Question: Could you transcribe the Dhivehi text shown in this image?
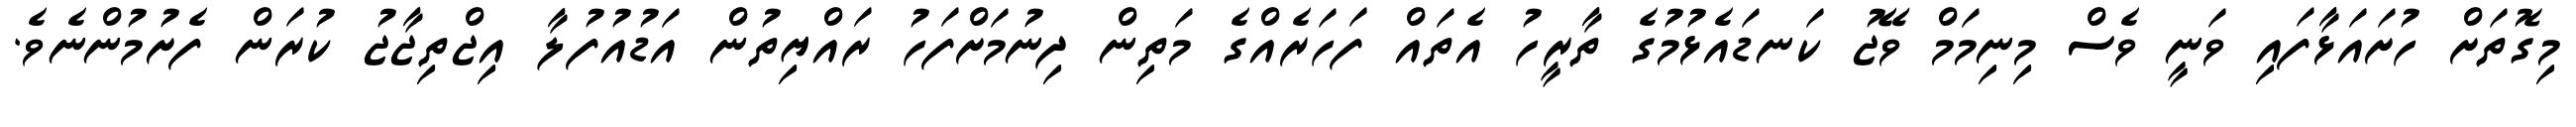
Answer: މިގޮތަށް ހުށައަޅާފައި ވަނީ ވެސް މިނިމަމް ވޭޖު ކަނޑައެޅުމުގެ ތާރީހު އެތައް ފަހަރެއްގެ މަތިން ދިނުމަށްފަހު ރައްޔިތުން އަޑުއުފުލާ އިޖްތިޖާޖު ކުރަން ފެށުމުންނެވެ.